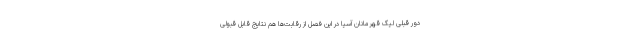
دور قبلی لیگ قهرمانان آسیا در این فصل از رقابت‌ها هم نتایج قابل قبولی